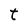
Character: t